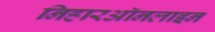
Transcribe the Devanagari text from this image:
निहारऑनलाइन